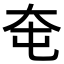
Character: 𡗥